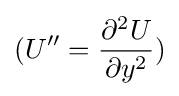
(U''={\frac {\partial ^{2}U}{\partial y^{2}}})